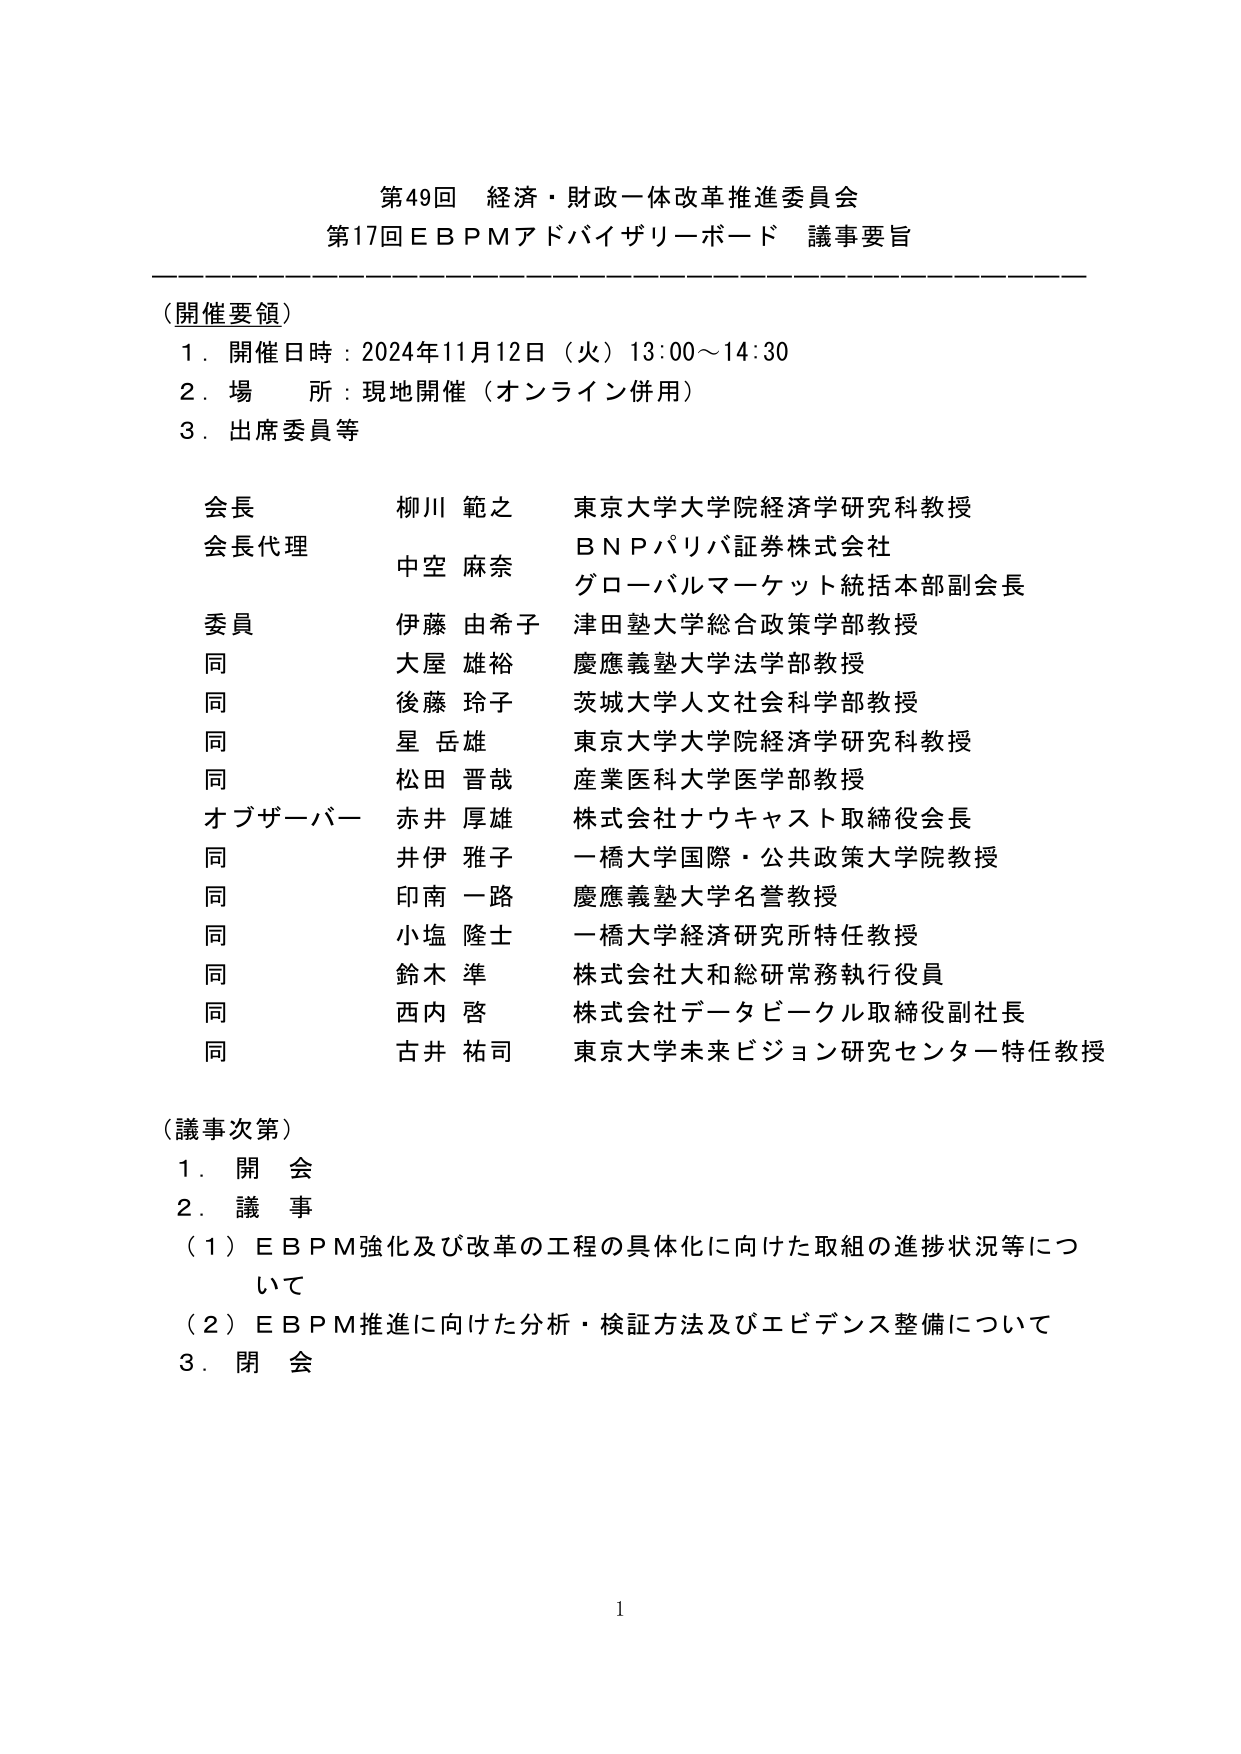
第49回 経済・財政一体改革推進委員会
第17回ＥＢＰＭアドバイザリーボード 議事要旨

（開催要領）
１．開催日時：2024年11月12日（火）13:00～14:30
２．場 所：現地開催（オンライン併用）
３．出席委員等

会長 柳川 範之 東京大学大学院経済学研究科教授
会長代理 中空 麻奈 ＢＮＰパリバ証券株式会社
　　　　　　　　　　　　　グローバルマーケット統括本部副会長
委員 伊藤 由希子 津田塾大学総合政策学部教授
同 大屋 雄裕 慶應義塾大学法学部教授
同 後藤 玲子 茨城大学人文社会科学部教授
同 星 岳雄 東京大学大学院経済学研究科教授
同 松田 晋哉 産業医科大学医学部教授
オブザーバー 赤井 厚雄 株式会社ナウキャスト取締役会長
同 井伊 雅子 一橋大学国際・公共政策大学院教授
同 印南 一路 慶應義塾大学名誉教授
同 小塩 隆士 一橋大学経済研究所特任教授
同 鈴木 準 株式会社大和総研常務執行役員
同 西内 啓 株式会社データビークル取締役副社長
同 古井 祐司 東京大学未来ビジョン研究センター特任教授

（議事次第）
１．開 会
２．議 事
　（１）ＥＢＰＭ強化及び改革の工程の具体化に向けた取組の進捗状況等について
　（２）ＥＢＰＭ推進に向けた分析・検証方法及びエビデンス整備について
３．閉 会

1